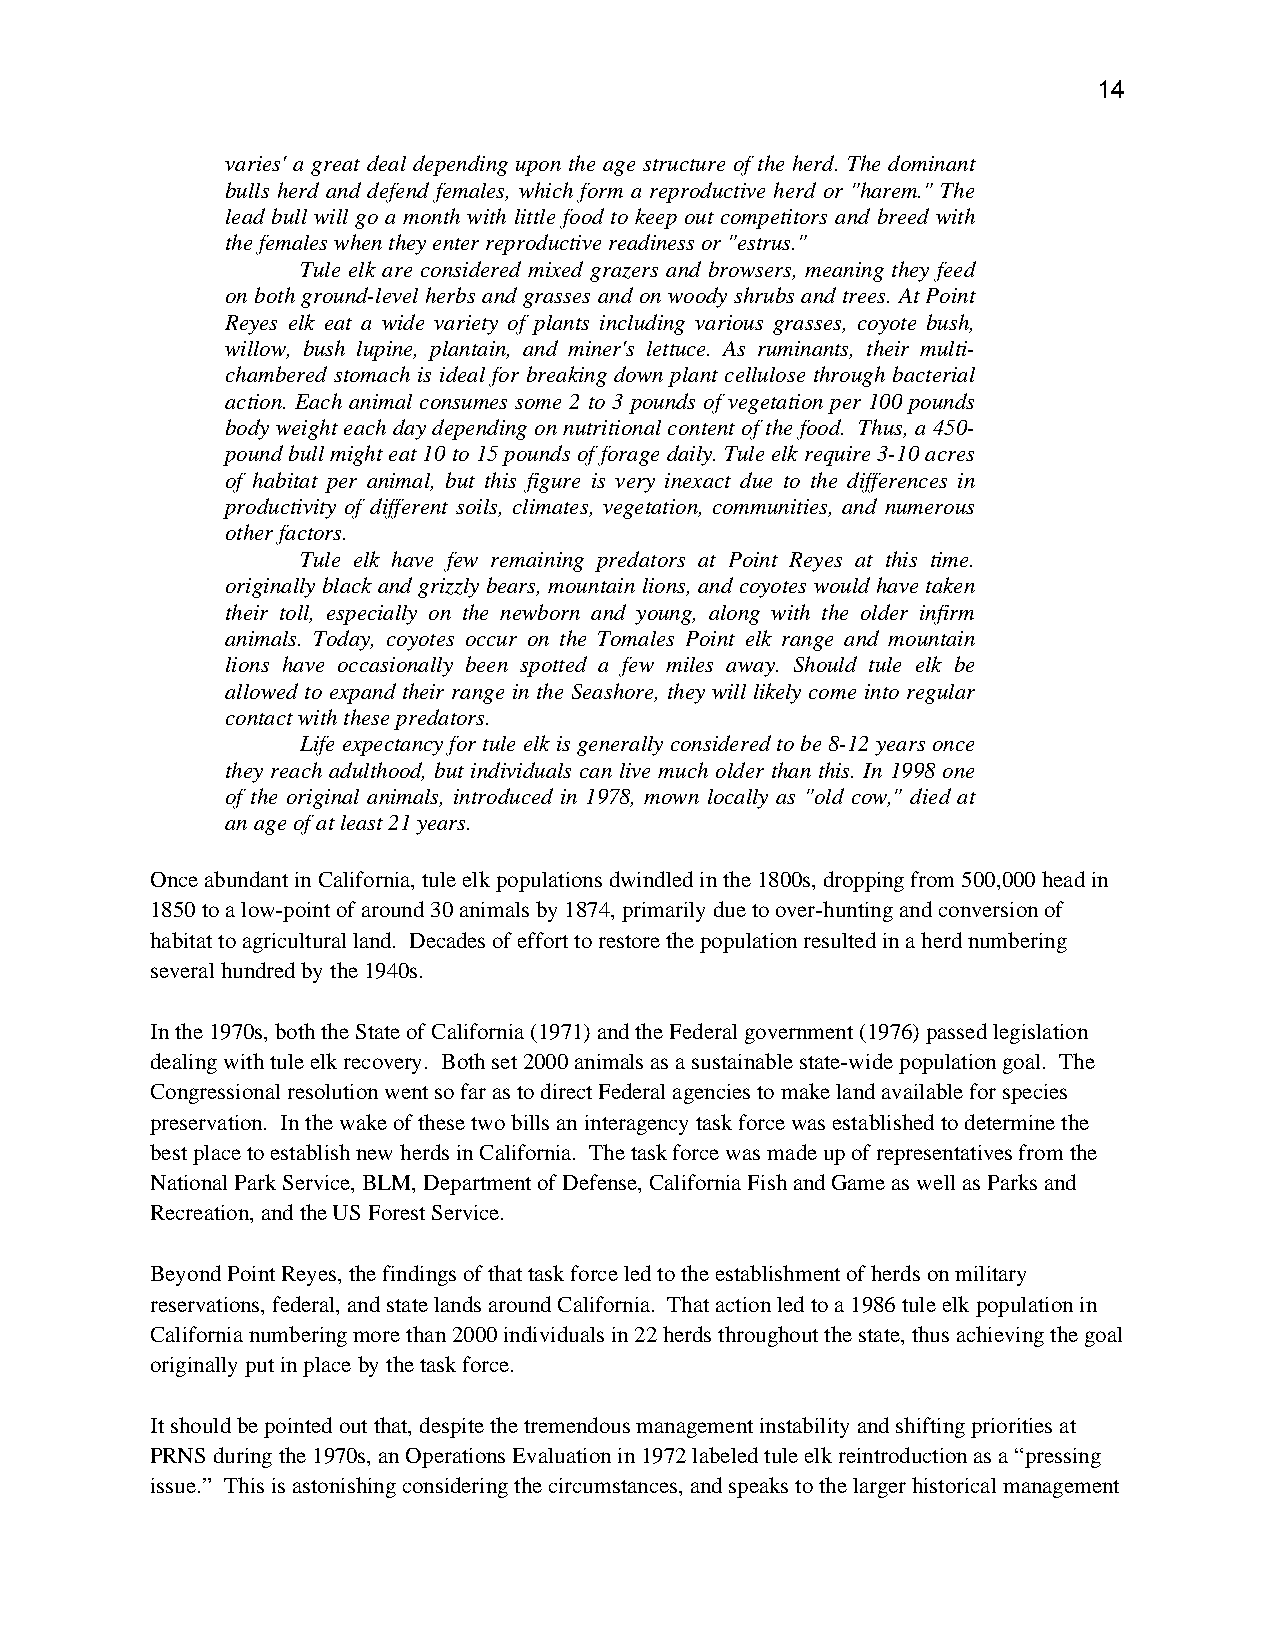
14
 varies' a great deal depending upon the age structure of the herd. The dominant
 bulls herd and defend females, which form a reproductive herd or "harem." The
 lead bull will go a month with little food to keep out competitors and breed with
 the females when they enter reproductive readiness or "estrus."
 Tule elk are considered mixed grazers and browsers, meaning they feed
 on both ground-level herbs and grasses and on woody shrubs and trees. At Point
 Reyes elk eat a wide variety of plants including various grasses, coyote bush,
 willow, bush lupine, plantain, and miner's lettuce. As ruminants, their multi-
 chambered stomach is ideal for breaking down plant cellulose through bacterial
 action. Each animal consumes some 2 to 3 pounds of vegetation per 100 pounds
 body weight each day depending on nutritional content of the food. Thus, a 450-
 pound bull might eat 10 to 15 pounds of forage daily. Tule elk require 3-10 acres
 of habitat per animal, but this figure is very inexact due to the differences in
 productivity of different soils, climates, vegetation, communities, and numerous
 other factors.
 Tule elk have few remaining predators at Point Reyes at this time.
 originally black and grizzly bears, mountain lions, and coyotes would have taken
 their toll, especially on the newborn and young, along with the older infirm
 animals. Today, coyotes occur on the Tomales Point elk range and mountain
 lions have occasionally been spotted a few miles away. Should tule elk be
 allowed to expand their range in the Seashore, they will likely come into regular
 contact with these predators.
 Life expectancy for tule elk is generally considered to be 8-12 years once
 they reach adulthood, but individuals can live much older than this. In 1998 one
 of the original animals, introduced in 1978, mown locally as "old cow," died at
 an age of at least 21 years.
 Once abundant in California, tule elk populations dwindled in the 1800s, dropping from 500,000 head in
 1850 to a low-point of around 30 animals by 1874, primarily due to over-hunting and conversion of
 habitat to agricultural land. Decades of effort to restore the population resulted in a herd numbering
 several hundred by the 1940s.
 In the 1970s, both the State of California (1971) and the Federal government (1976) passed legislation
 dealing with tule elk recovery. Both set 2000 animals as a sustainable state-wide population goal. The
 Congressional resolution went so far as to direct Federal agencies to make land available for species
 preservation. In the wake of these two bills an interagency task force was established to determine the
 best place to establish new herds in California. The task force was made up of representatives from the
 National Park Service, BLM, Department of Defense, California Fish and Game as well as Parks and
 Recreation, and the US Forest Service.
 Beyond Point Reyes, the findings of that task force led to the establishment of herds on military
 reservations, federal, and state lands around California. That action led to a 1986 tule elk population in
 California numbering more than 2000 individuals in 22 herds throughout the state, thus achieving the goal
 originally put in place by the task force.
 It should be pointed out that, despite the tremendous management instability and shifting priorities at
 PRNS during the 1970s, an Operations Evaluation in 1972 labeled tule elk reintroduction as a “pressing
 issue.” This is astonishing considering the circumstances, and speaks to the larger historical management